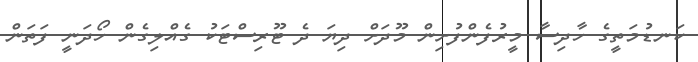
ކަނޑުމަތީގެ ހާދިސާ މީރުފެންފުށިން މޫދަށް ދިޔަ ދެ ޓޫރިސްޓަކު ގެއްލިގެން ހޯދަނީ ފަތަން